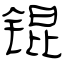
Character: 锟